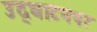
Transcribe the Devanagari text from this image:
उद्‌घाटनपर